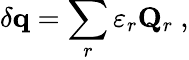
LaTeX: \delta\mathbf{q}=\sum_{r}\varepsilon_{r}\mathbf{Q}_{r}~,